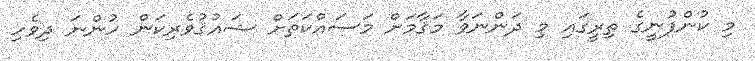
މި ކުންފުނީގެ ތިރީގައި މި ދަންނަވާ މަޤާމަށް މަސައްކަތަށް ޝައުޤުވެރިކަން ހުންނަ ދިވެހި